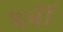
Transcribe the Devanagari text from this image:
दर्बी